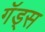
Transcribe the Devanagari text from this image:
गॅड्स